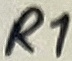
Text: R1